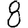
Digit: 8